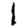
Digit: 1